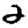
Digit: 2